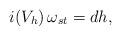
LaTeX: \begin{align*}i(V_h)\,\omega_{st} = d h,\end{align*}